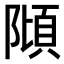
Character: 𨻺